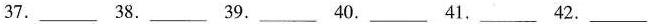
37. ___ 38. ___ 39. ___ 40. ___ 41. ___ 42. ___